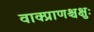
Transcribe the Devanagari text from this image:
वाक्प्राणश्चक्षुः